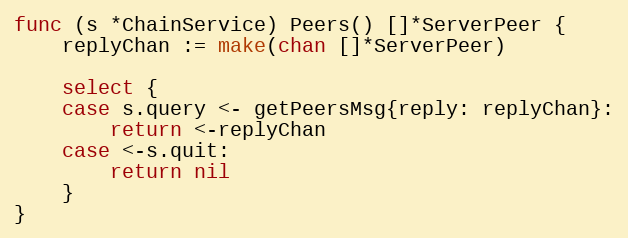
Language: Go
func (s *ChainService) Peers() []*ServerPeer {
	replyChan := make(chan []*ServerPeer)

	select {
	case s.query <- getPeersMsg{reply: replyChan}:
		return <-replyChan
	case <-s.quit:
		return nil
	}
}